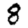
Digit: 8